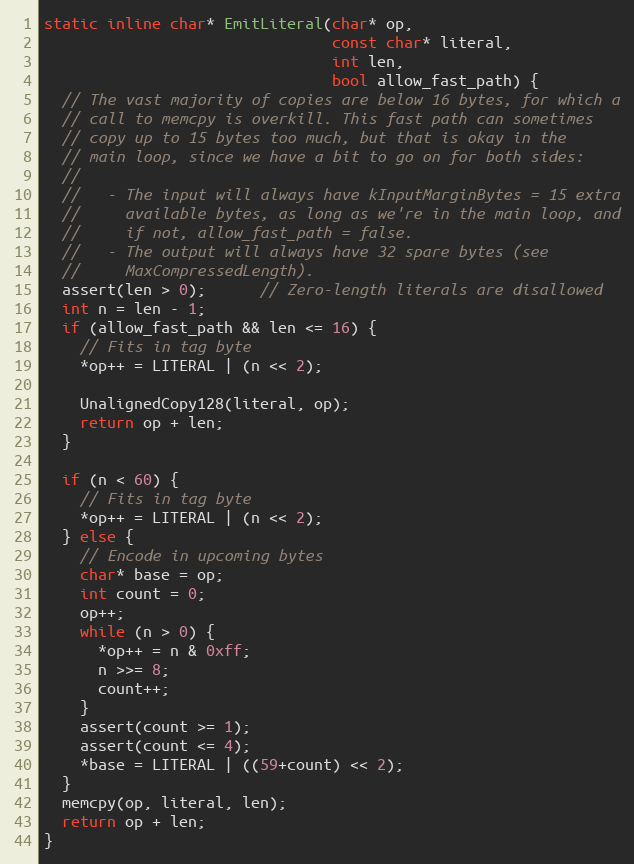
Language: C++
static inline char* EmitLiteral(char* op,
                                const char* literal,
                                int len,
                                bool allow_fast_path) {
  // The vast majority of copies are below 16 bytes, for which a
  // call to memcpy is overkill. This fast path can sometimes
  // copy up to 15 bytes too much, but that is okay in the
  // main loop, since we have a bit to go on for both sides:
  //
  //   - The input will always have kInputMarginBytes = 15 extra
  //     available bytes, as long as we're in the main loop, and
  //     if not, allow_fast_path = false.
  //   - The output will always have 32 spare bytes (see
  //     MaxCompressedLength).
  assert(len > 0);      // Zero-length literals are disallowed
  int n = len - 1;
  if (allow_fast_path && len <= 16) {
    // Fits in tag byte
    *op++ = LITERAL | (n << 2);

    UnalignedCopy128(literal, op);
    return op + len;
  }

  if (n < 60) {
    // Fits in tag byte
    *op++ = LITERAL | (n << 2);
  } else {
    // Encode in upcoming bytes
    char* base = op;
    int count = 0;
    op++;
    while (n > 0) {
      *op++ = n & 0xff;
      n >>= 8;
      count++;
    }
    assert(count >= 1);
    assert(count <= 4);
    *base = LITERAL | ((59+count) << 2);
  }
  memcpy(op, literal, len);
  return op + len;
}